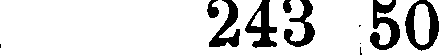
243 50